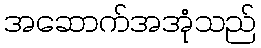
အဆောက်အအုံသည်